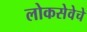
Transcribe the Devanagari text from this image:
लोकसेवेचे